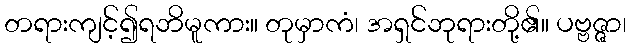
တရားကျင့်၍ရဘိမူကား။ တုမှာကံ၊ အရှင်ဘုရားတို့၏။ ပဗ္ဗဇ္ဇာ၊